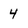
Character: 4